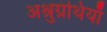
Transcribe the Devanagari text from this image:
अश्रुग्रंथियाँ